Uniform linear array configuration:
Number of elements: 12
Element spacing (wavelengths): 0.5
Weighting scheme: binomial
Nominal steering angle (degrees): -60
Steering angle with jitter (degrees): -59.359
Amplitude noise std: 0.05
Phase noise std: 0.05

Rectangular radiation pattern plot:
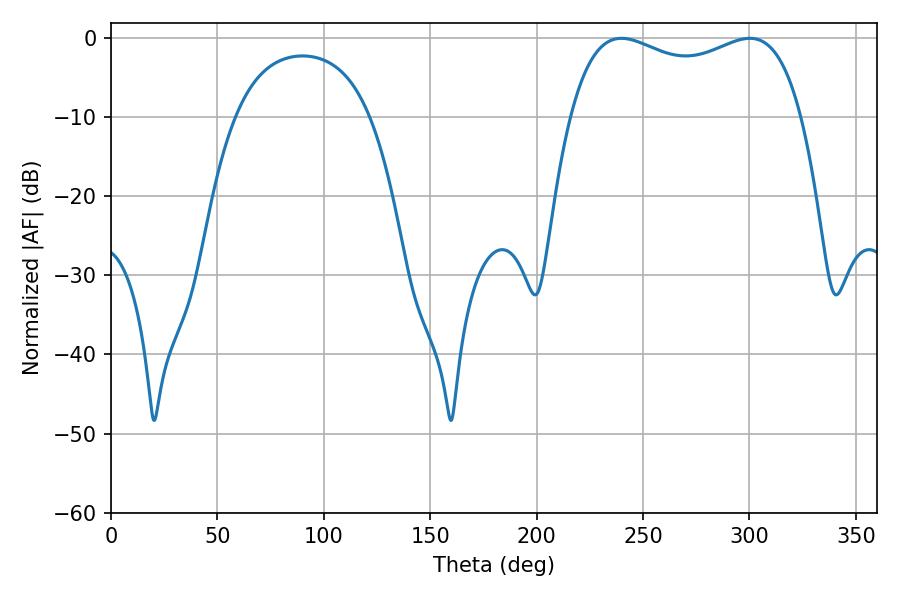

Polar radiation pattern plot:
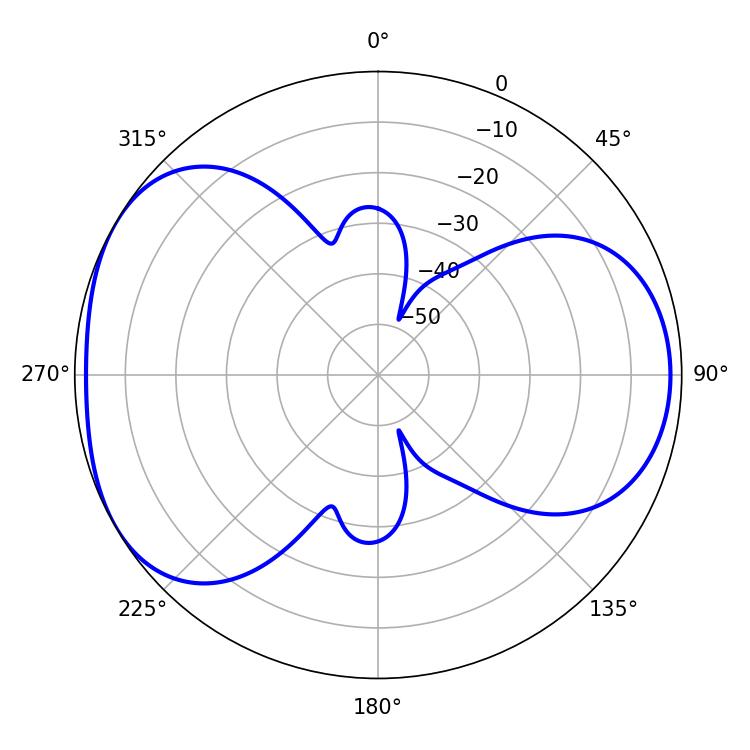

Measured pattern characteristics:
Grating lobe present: FALSE
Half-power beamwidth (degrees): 89.64
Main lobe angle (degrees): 239.76